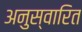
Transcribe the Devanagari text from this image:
अनुस्वारित